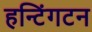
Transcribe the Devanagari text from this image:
हन्टिंगटन